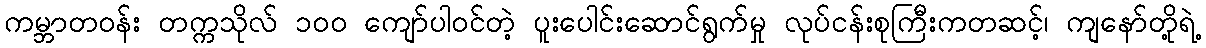
ကမ္ဘာတဝန်း တက္ကသိုလ် ၁၀၀ ကျော်ပါဝင်တဲ့ ပူးပေါင်းဆောင်ရွက်မှု လုပ်ငန်းစုကြီးကတဆင့်၊ ကျနော်တို့ရဲ့